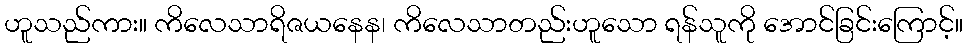
ဟူသည်ကား။ ကိလေသာရိဇယနေန၊ ကိလေသာတည်းဟူသော ရန်သူကို အောင်ခြင်းကြောင့်။